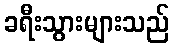
ခရီးသွားများသည်